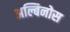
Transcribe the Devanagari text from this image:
अल्बिनोस